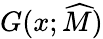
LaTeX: G(x;\widehat{M})